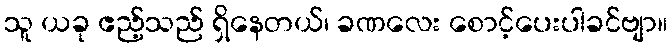
သူ ယခု ဧည့်သည် ရှိနေတယ်၊ ခဏလေး စောင့်ပေးပါခင်ဗျာ။